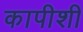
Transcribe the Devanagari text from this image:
कापीशी